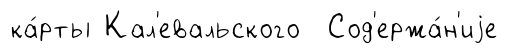
ка́рты Кал'евальского Сод'ержа́н'иjе